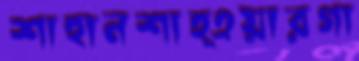
শাহানশাহ্‌এয়ারগা